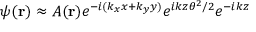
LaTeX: \psi ( \mathbf { r } ) \approx A ( \mathbf { r } ) e ^ { - i ( k _ { x } x + k _ { y } y ) } e ^ { i k z \theta ^ { 2 } / 2 } e ^ { - i k z }